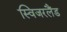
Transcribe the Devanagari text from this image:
स्विजरलैंड